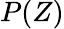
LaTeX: P(Z)